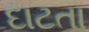
દાટતા